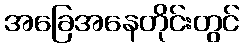
အခြေအနေတိုင်းတွင်